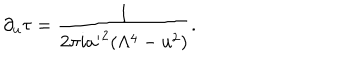
LaTeX: \partial _ { u } \tau = { \frac { 1 } { 2 \pi i { a ^ { \prime } } ^ { 2 } ( \Lambda ^ { 4 } - u ^ { 2 } ) } } .